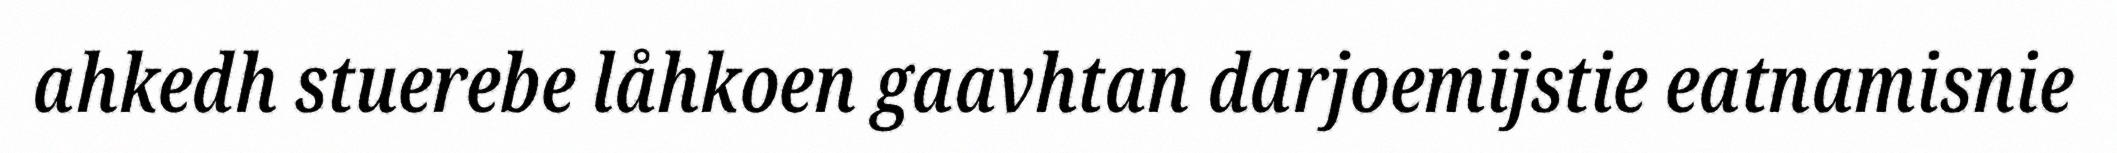
ahkedh stuerebe låhkoen gaavhtan darjoemijstie eatnamisnie